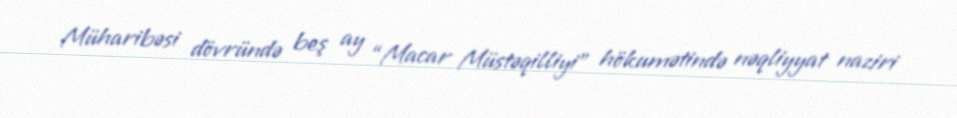
Müharibəsi dövründə beş ay “Macar Müstəqilliyi” hökumətində nəqliyyat naziri